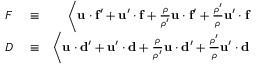
\begin{array} { r l r } { F } & { { } \equiv } & { \left\langle { \bf u } \cdot { \bf f ^ { \prime } } + { \bf u } ^ { \prime } \cdot { \bf f } + { \frac { \rho } { \rho ^ { \prime } } } { \bf u } \cdot { \bf f ^ { \prime } } + { \frac { \rho ^ { \prime } } { \rho } } { \bf u } ^ { \prime } \cdot { \bf f } \right. } \\ { D } & { { } \equiv } & { \left\langle { \bf u } \cdot { \bf d ^ { \prime } } + { \bf u } ^ { \prime } \cdot { \bf d } + { \frac { \rho } { \rho ^ { \prime } } } { \bf u } \cdot { \bf d ^ { \prime } } + { \frac { \rho ^ { \prime } } { \rho } } { \bf u } ^ { \prime } \cdot { \bf d } \right. } \end{array}